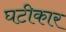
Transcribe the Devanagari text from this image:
घटीकार